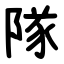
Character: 隊